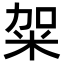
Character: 𥹌